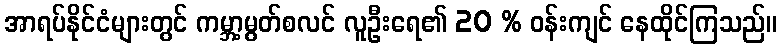
အာရပ်နိုင်ငံများတွင် ကမ္ဘာ့မွတ်စလင် လူဦးရေ၏ 20 % ဝန်းကျင် နေထိုင်ကြသည်။